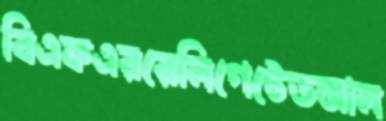
বিএফএররেলিগেটেডআল